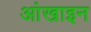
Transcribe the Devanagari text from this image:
आंखाइन